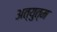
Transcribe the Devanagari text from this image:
अत्युत्म